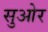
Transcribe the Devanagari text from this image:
सुओर